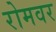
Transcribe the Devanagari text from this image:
रोमवर